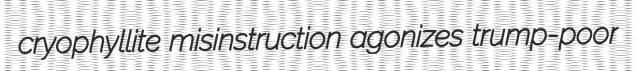
cryophyllite misinstruction agonizes trump-poor